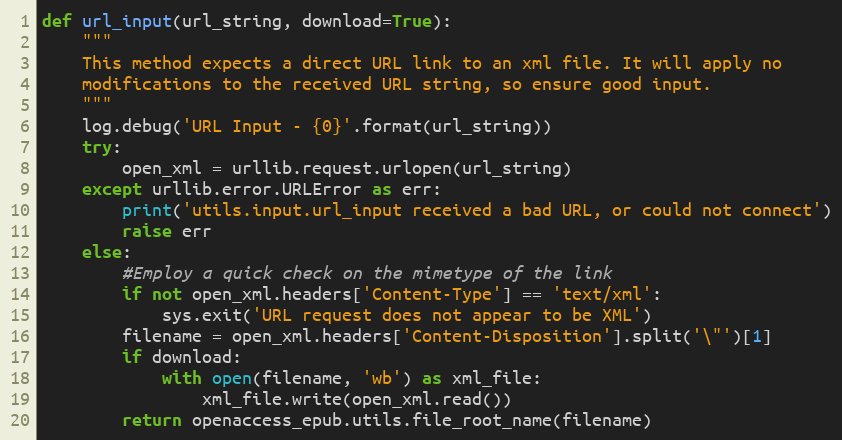
Language: Python
def url_input(url_string, download=True):
    """
    This method expects a direct URL link to an xml file. It will apply no
    modifications to the received URL string, so ensure good input.
    """
    log.debug('URL Input - {0}'.format(url_string))
    try:
        open_xml = urllib.request.urlopen(url_string)
    except urllib.error.URLError as err:
        print('utils.input.url_input received a bad URL, or could not connect')
        raise err
    else:
        #Employ a quick check on the mimetype of the link
        if not open_xml.headers['Content-Type'] == 'text/xml':
            sys.exit('URL request does not appear to be XML')
        filename = open_xml.headers['Content-Disposition'].split('\"')[1]
        if download:
            with open(filename, 'wb') as xml_file:
                xml_file.write(open_xml.read())
        return openaccess_epub.utils.file_root_name(filename)